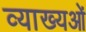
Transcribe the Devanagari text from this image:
व्याख्यओं